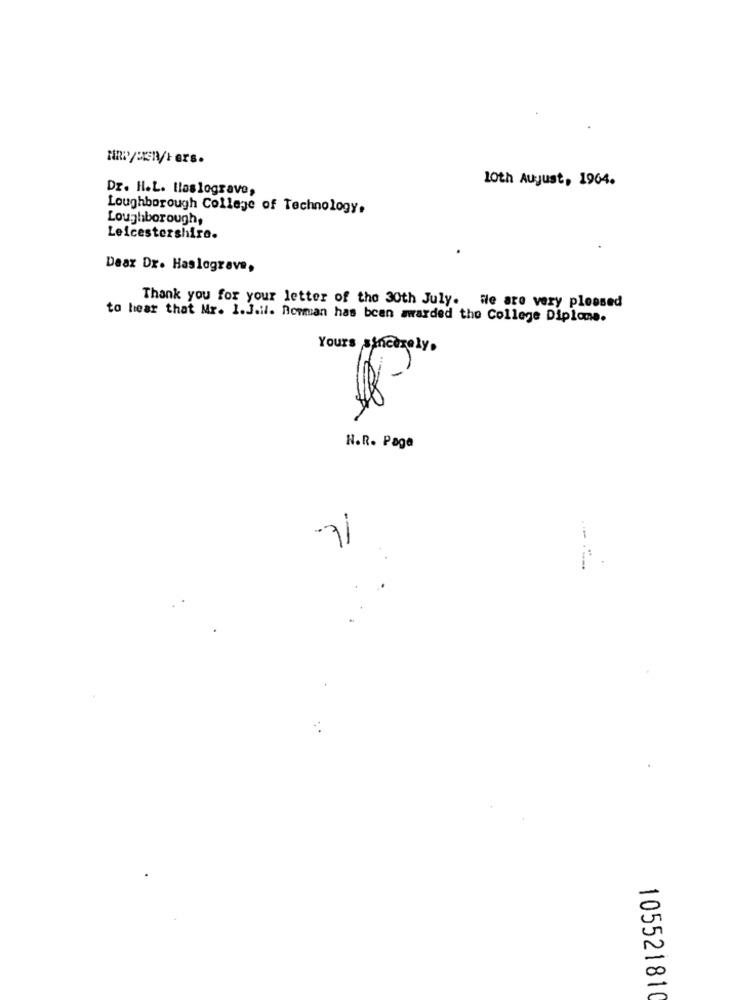
10th August, 1904.
Dr. H.L. Haslograve,
Loughborough College of Technology.
Loughborough,
Leicestershire.
Dear Dr. Haslograve,
Thank you for your letter of the 30th July. We are very pleased
to hear that Mr. 1.J.il. Borman has been awarded the College Diploma.
Yours sincerely.
H.R. Page
.71
-
00
105521810